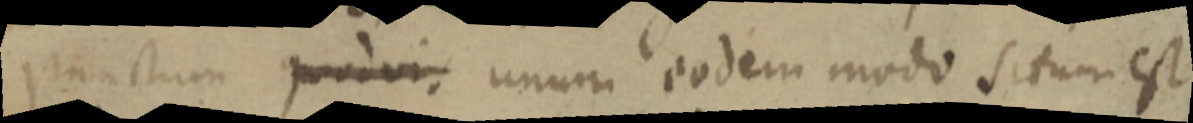
punctum quodvis unum eodem modo situm est